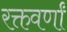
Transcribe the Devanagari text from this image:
रक्तवर्णां